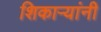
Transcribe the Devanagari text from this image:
शिकाऱ्यांनी